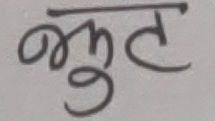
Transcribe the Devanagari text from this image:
भुत